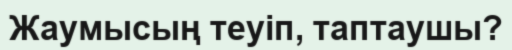
Жаумысың теуіп, таптаушы?